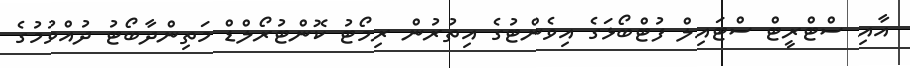
އާއި ސްޓްރީޓް ސްޓައިލް ފުޓްބޯޅަގެ އިވެންޓުގެ އިތުރުން ރިމޯޓު ކޮންޓުރޯލްޑް މަތިންދާބޯޓު ދުއްވުމުގެ